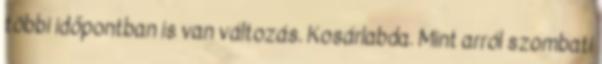
többi időpontban is van változás. Kosárlabda. Mint arról szombati